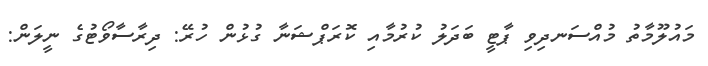
މައުލޫމާތު މުއްސަނދިވި ޕާޓީ ބަދަލު ކުރުމާއި ކޮރަޕްޝަނާ ގުޅުން ހުރޭ: ދިރާސާވޯޓުގެ ނީލަން: